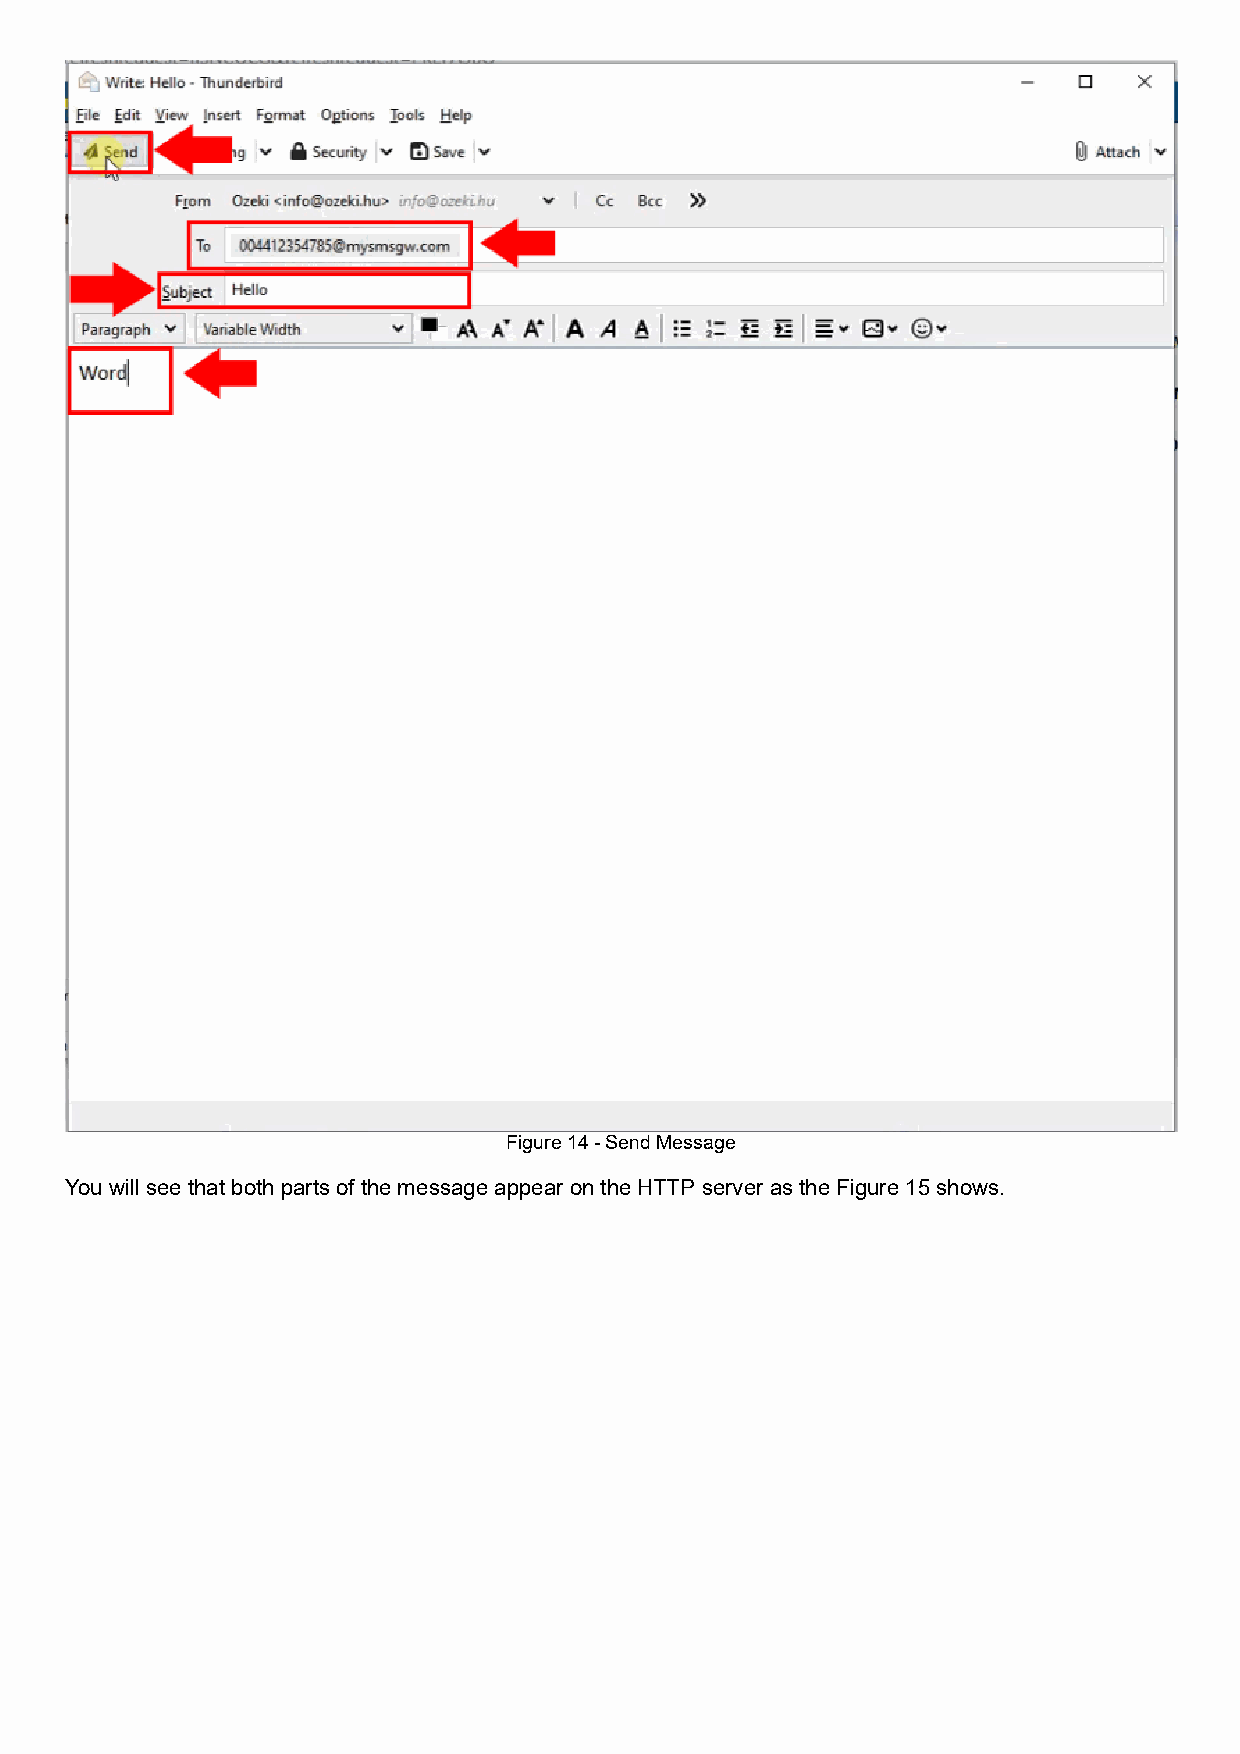
Figure 14 - Send Message
 You will see that both parts of the message appear on the HTTP server as the Figure 15 shows.